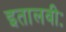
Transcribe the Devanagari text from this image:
इतालवीः